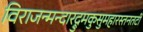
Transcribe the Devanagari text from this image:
विराजन्मन्दारद्रुमकुसुमहारस्तनतटी